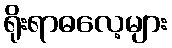
ရိုးရာဓလေ့များ